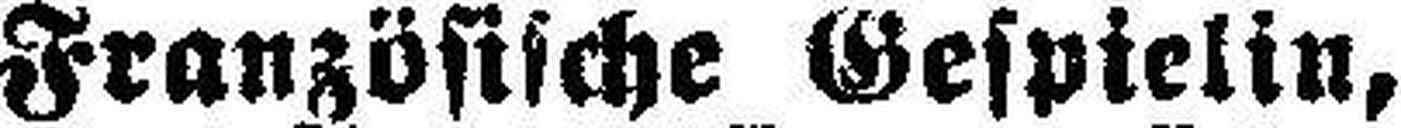
Französische Gespielin,